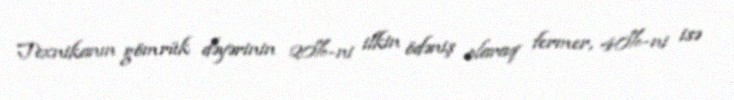
Texnikanın gömrük dəyərinin 20%-ni ilkin ödəniş olaraq fermer, 40%-ni isə